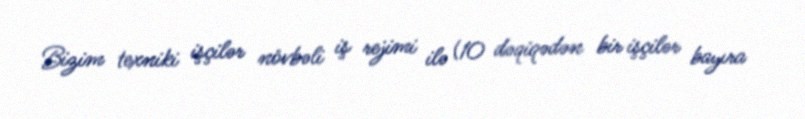
Bizim texniki işçilər növbəli iş rejimi ilə (10 dəqiqədən bir işçilər bayıra